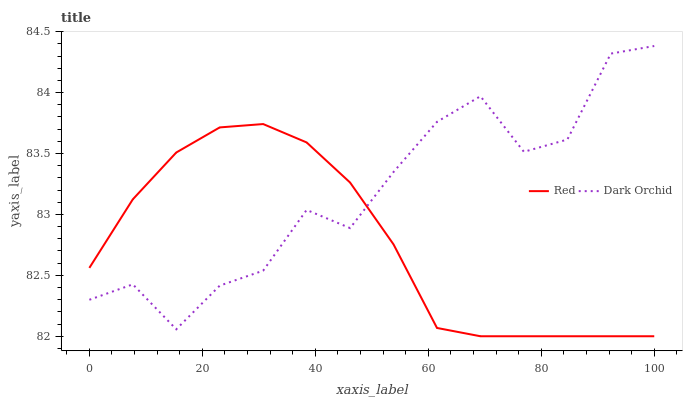
| xaxis_label | Red | Dark Orchid |
 | --- | --- | --- |
 | 0 | 82.6 | 82.3 |
 | 7.69 | 83.1 | 82.4 |
 | 15.4 | 83.5 | 82.1 |
 | 23.1 | 83.7 | 82.4 |
 | 30.8 | 83.7 | 82.5 |
 | 38.5 | 83.6 | 83 |
 | 46.2 | 83.3 | 82.9 |
 | 53.8 | 82.8 | 83.3 |
 | 61.5 | 82.1 | 83.8 |
 | 69.2 | 82 | 84 |
 | 76.9 | 82 | 83.5 |
 | 84.6 | 82 | 83.6 |
 | 92.3 | 82 | 84.3 |
 | 100 | 82 | 84.4 |